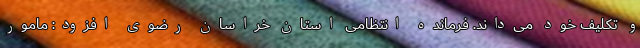
و تکلیف خود می‌داند. فرمانده انتظامی استان خراسان رضوی افزود: مامور